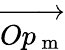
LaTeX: \overrightarrow{Op_{\mathrm{~m~}}}